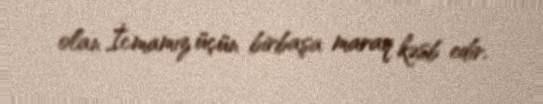
olan İcmamız üçün birbaşa maraq kəsb edir.